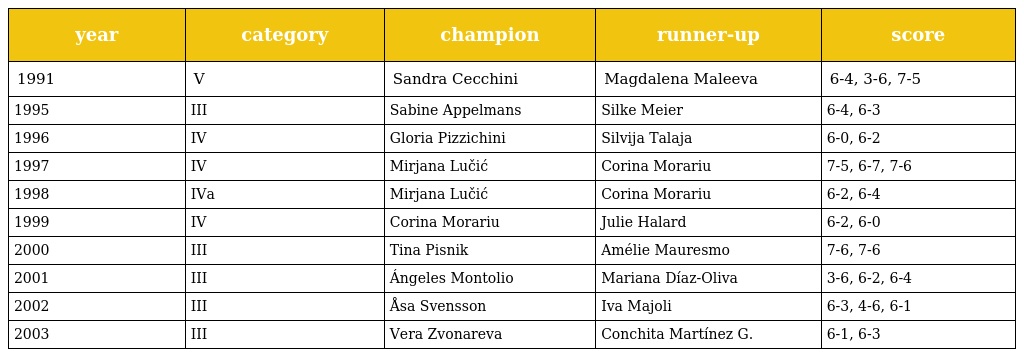
| year | category | champion | runner-up | score |
 | --- | --- | --- | --- | --- |
 | 1991 | V | Sandra Cecchini | Magdalena Maleeva | 6-4, 3-6, 7-5 |
 | 1995 | III | Sabine Appelmans | Silke Meier | 6-4, 6-3 |
 | 1996 | IV | Gloria Pizzichini | Silvija Talaja | 6-0, 6-2 |
 | 1997 | IV | Mirjana Lučić | Corina Morariu | 7-5, 6-7, 7-6 |
 | 1998 | IVa | Mirjana Lučić | Corina Morariu | 6-2, 6-4 |
 | 1999 | IV | Corina Morariu | Julie Halard | 6-2, 6-0 |
 | 2000 | III | Tina Pisnik | Amélie Mauresmo | 7-6, 7-6 |
 | 2001 | III | Ángeles Montolio | Mariana Díaz-Oliva | 3-6, 6-2, 6-4 |
 | 2002 | III | Åsa Svensson | Iva Majoli | 6-3, 4-6, 6-1 |
 | 2003 | III | Vera Zvonareva | Conchita Martínez G. | 6-1, 6-3 |